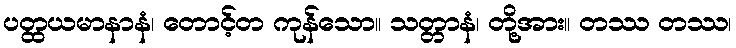
ပတ္ထယမာနာနံ၊ တောင့်တ ကုန်သော။ သတ္တာနံ၊ တို့အား။ တဿ တဿ၊